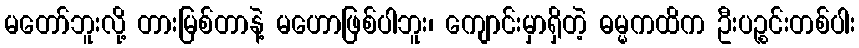
မတော်ဘူးလို့ တားမြစ်တာနဲ့ မဟောဖြစ်ပါဘူး၊ ကျောင်းမှာရှိတဲ့ ဓမ္မကထိက ဦးပဉ္စင်းတစ်ပါး